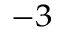
^ { - 3 }